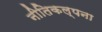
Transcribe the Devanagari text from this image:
नीतिकल्पना